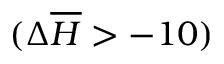
( \Delta \overline { { H } } > - 1 0 )